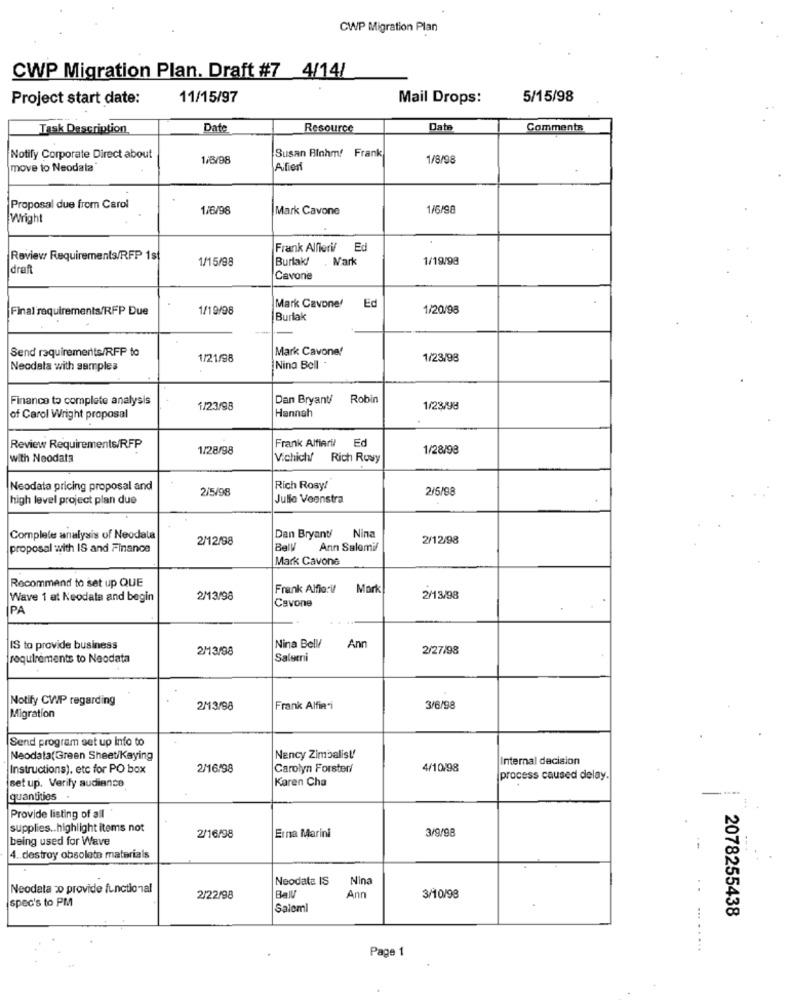
CWP Migration Plan
CWP Migration Plan. Draft #7 4/14/
Project start date:
11/15/97
Mail Drops:
5/15/98
Task Description
Date
Resource
Date
Comments
Notify Corporate Direct about
1/8/98
Susan Biohm! Frank
1/8/98
move to Neodata
Alfieri
Proposal due from Carol
1/6/98
Mark Cavone
1/6/98
Wright
Frank Alfieri/ Ed
Review Requirements/RFP 1st
1/15/98
Burlak/
Mark
1/19/98
draft
Cavone
Ed
Final'requirements/RFP Due
1/19/98
Mark Cavone!
1/20/98
Burlak
Send requirements/RFP to
Mark Cavone!
1/21/98
1/23/98
Neodata with samples
Nina Bell
Financo to complete analysis
Dan Bryant!
Robin
1/23/98
Hannah
1/23/98
of Carol Wright proposal
Review Requirements/RFP
1/28/98
Frank Alfieri!
1/28/98
with Neodata
Vichich/ Rich Rusy
Neodata pricing proposal and
2/5/98
Rich Rosy!
2/5/98
high level project plan due
Julie Veenstra
Complete analysis of Neodala
2/12/98
Dan Bryant/
Nina
2/12/98
proposal with IS and Finance
Bell Anın Salomif
Mark Cavone
Recommend to set up QUE
Frank Alfiori/
Mark
Wave 1 at Keodata and begin
2/13/98
Cavone
2/13/98
PA
IS to provide business
2/3/98
Nina Bell/
Ann
2/27/98
requirements to Neodata
Salserii
Notify CWP regarding
2M3/98
Frank Alfieri
3/6/98
Migration
Send program set up Info to
Neodata(Green Sheet/Kaying
Nancy Zimbalist!
Internal decision
Instructions), etc for PO box
2/16/98
Carolyn Forster/
4/10/98
Karen Cha
process caused delay.
set up. Verify audience
quantities
Provide listing of all
supplies .. highlight items not
3/9/98
being used for Wave
2/16/98
Erna Marini
4. destroy obsolete materials
Neodata IS
Nina
Neodata 20 provide functional
spec's to PM
2/22/98
Ball
Ann
3/10/98
Salemi
2078255438
Page 1